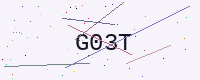
Text: G03T